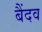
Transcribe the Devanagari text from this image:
बैंदव